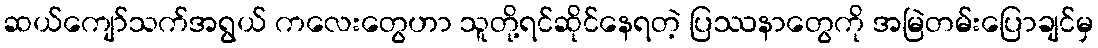
ဆယ်ကျော်သက်အရွယ် ကလေးတွေဟာ သူတို့ရင်ဆိုင်နေရတဲ့ ပြဿနာတွေကို အမြဲတမ်းပြောချင်မှ